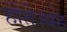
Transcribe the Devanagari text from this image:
होते।यह